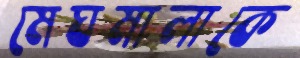
মেঘমালাকে